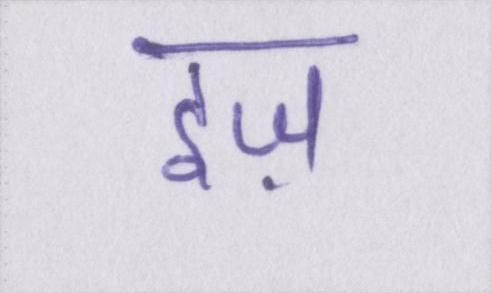
इज़